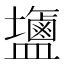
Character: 䀋